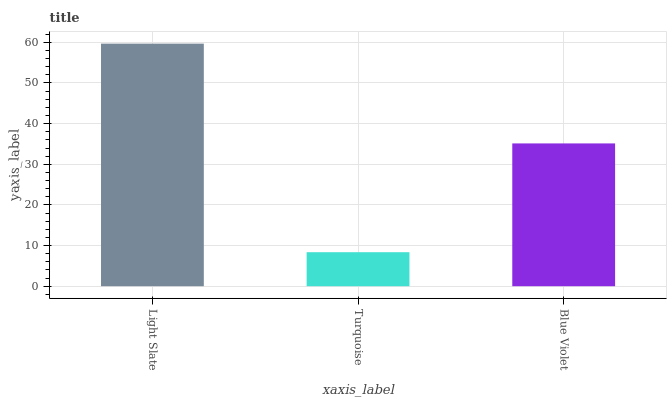
| xaxis_label | bars |
 | --- | --- |
 | Light Slate | 59.7 |
 | Turquoise | 8.37 |
 | Blue Violet | 35.1 |